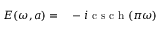
\begin{array} { r l } { E ( \omega , a ) = } & { { } - i \mathrm { ~ c ~ s ~ c ~ h ~ } ( \pi \omega ) } \end{array}